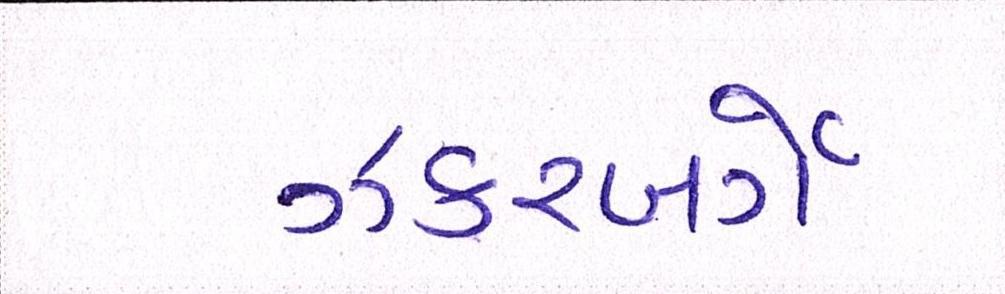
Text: ઝકરબર્ગે